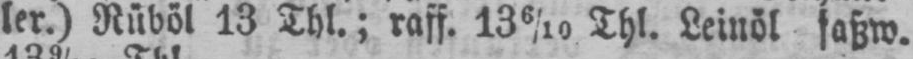
ler.) Rüböl 13 Thl.; raff. 136/10 Thl. Leinöl faßw.